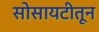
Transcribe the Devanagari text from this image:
सोसायटीतून